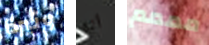
وتيرة انه مممم